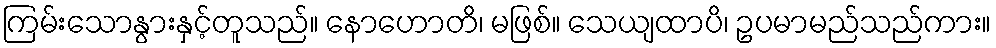
ကြမ်းသောနွားနှင့်တူသည်။ နောဟောတိ၊ မဖြစ်။ သေယျထာပိ၊ ဥပမာမည်သည်ကား။